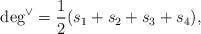
LaTeX: \begin{align*}\deg^\vee = \frac{1}{2}(s_1 + s_2 + s_3 +s_4),\end{align*}